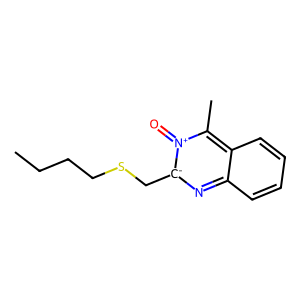
SMILES: CCCCSC[c-]1nc2ccccc2c(C)[n+]1=O
Inhibits HIV replication: Yes